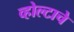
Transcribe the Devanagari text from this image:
व्होल्टाचे